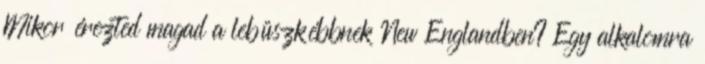
Mikor érezted magad a lebüszkébbnek New Englandben? Egy alkalomra